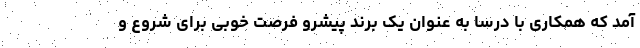
آمد که همکاری با درسا به عنوان یک برند پیشرو فرصت خوبی برای شروع و